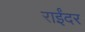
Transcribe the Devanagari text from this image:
राईंदर